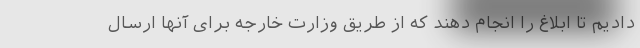
دادیم تا ابلاغ را انجام دهند که از طریق وزارت خارجه برای آنها ارسال